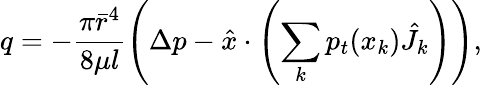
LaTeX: q=-\frac{\pi\bar{r}^{4}}{8\mu l}\left(\Delta p-\hat{x}\cdot\left(\sum_{k}p_{t}(x_{k})\hat{J}_{k}\right)\right),